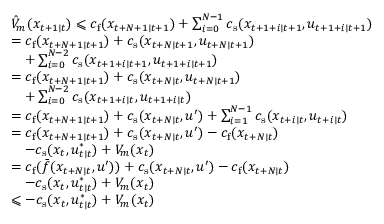
\begin{array} { r l } & { \hat { V } _ { m } ( x _ { t + 1 \mid t } ) \leqslant c _ { \mathrm { f } } ( x _ { t + N + 1 \mid t + 1 } ) + \sum _ { i = 0 } ^ { N - 1 } c _ { \mathrm { s } } ( x _ { t + 1 + i \mid t + 1 } , u _ { t + 1 + i \mid t + 1 } ) } \\ & { = c _ { \mathrm { f } } ( x _ { t + N + 1 \mid t + 1 } ) + c _ { \mathrm { s } } ( x _ { t + N \mid t + 1 } , u _ { t + N \mid t + 1 } ) } \\ & { \quad + \sum _ { i = 0 } ^ { N - 2 } c _ { \mathrm { s } } ( x _ { t + 1 + i \mid t + 1 } , u _ { t + 1 + i \mid t + 1 } ) } \\ & { = c _ { \mathrm { f } } ( x _ { t + N + 1 \mid t + 1 } ) + c _ { \mathrm { s } } ( x _ { t + N \mid t } , u _ { t + N \mid t + 1 } ) } \\ & { \quad + \sum _ { i = 0 } ^ { N - 2 } c _ { \mathrm { s } } ( x _ { t + 1 + i \mid t } , u _ { t + 1 + i \mid t } ) } \\ & { = c _ { \mathrm { f } } ( x _ { t + N + 1 \mid t + 1 } ) + c _ { \mathrm { s } } ( x _ { t + N \mid t } , u ^ { \prime } ) + \sum _ { i = 1 } ^ { N - 1 } c _ { \mathrm { s } } ( x _ { t + i \mid t } , u _ { t + i \mid t } ) } \\ & { = c _ { \mathrm { f } } ( x _ { t + N + 1 \mid t + 1 } ) + c _ { \mathrm { s } } ( x _ { t + N \mid t } , u ^ { \prime } ) - c _ { \mathrm { f } } ( x _ { t + N \mid t } ) } \\ & { \quad - c _ { \mathrm { s } } ( x _ { t } , u _ { t \mid t } ^ { \ast } ) + V _ { m } ( x _ { t } ) } \\ & { = c _ { \mathrm { f } } ( \bar { f } ( x _ { t + N \mid t } , u ^ { \prime } ) ) + c _ { \mathrm { s } } ( x _ { t + N \mid t } , u ^ { \prime } ) - c _ { \mathrm { f } } ( x _ { t + N \mid t } ) } \\ & { \quad - c _ { \mathrm { s } } ( x _ { t } , u _ { t \mid t } ^ { \ast } ) + V _ { m } ( x _ { t } ) } \\ & { \leqslant - c _ { \mathrm { s } } ( x _ { t } , u _ { t \mid t } ^ { \ast } ) + V _ { m } ( x _ { t } ) } \end{array}